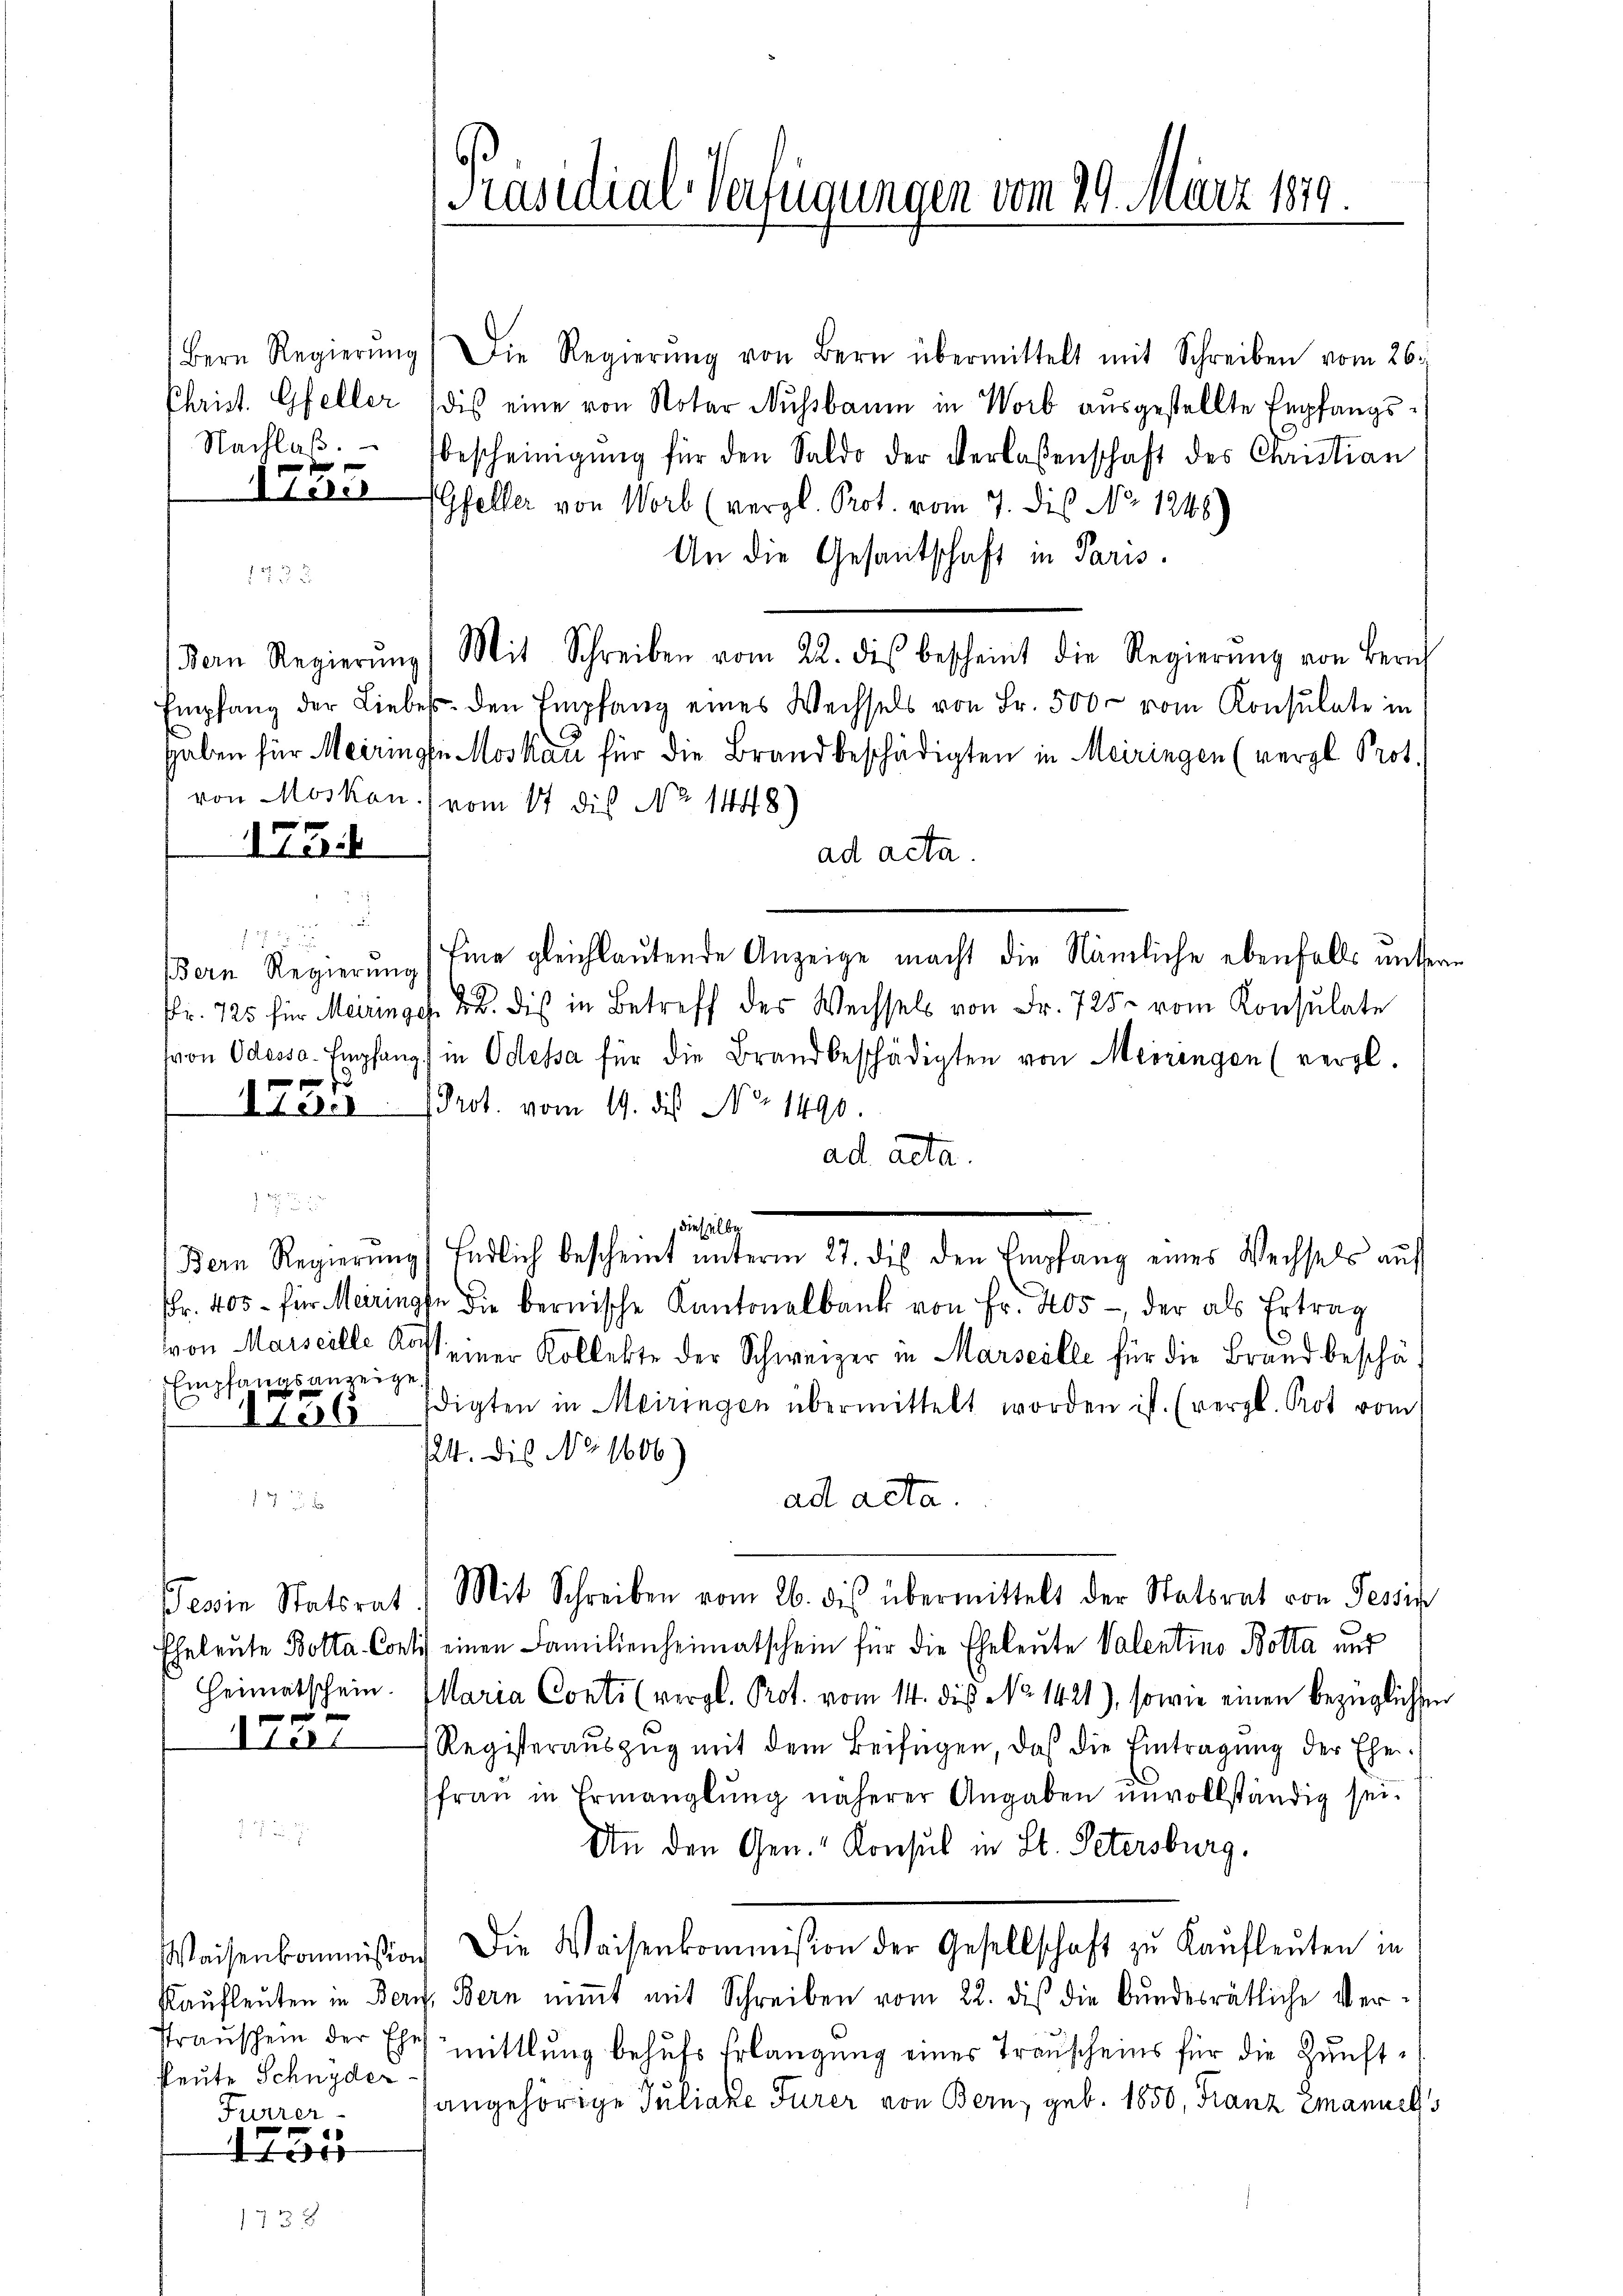
Nachlaß.
1 f 0 x

Bern Regierŭng, die Regierŭng von Bern übermittelt mit Schreiben vom 26.
Christ. Gfeller (dis eine von Notar Nussbaum in Worb aŭsgestellte Empfangsbescheinigung für den Saldo der Verlassenschaft des Christian
Iieser Gfeller von Worb (vergl. Prot. vom 7. dis No 1248)
An die Gesantschaft in Paris.
 x
Bern Regierŭng Mit Schreiben vom 22. des bescheint die Regierŭng von Zürich
Empfang der Liebes den Empfang eines Wechsels von Fr. 500 vom Konsulate in
haben für Meiringfi Moskau für die Brandbeschädigten in Meiringen (vergl. Prot.
von Moskau / vom 17 dis No 1448)
173.
ad acta.
5

172
Bern Regierŭng Eine gleichlaŭtende Anzeige macht die Nämliche ebenfalls ŭnter
Fr. 725 für Meiringen u. dis in Betreff des Weissels von Fr. 725. vom Konsulate
von Odessa. Empfang in Odessa für die Brandbeschädigten von Meiringen (vergl.

ILeser Prot. vom 19. des No. 1490.
ad acta.

dieselbe
Bern Regierŭng Endlich bescheint ŭnterm 27. des den Empfang eines Wechsels aŭf
r. 403 für Meiringte die bernische Kantonalbank von Fr. 405 der als Ertrag
von Marseille Kost einer Kollekte der Schweizer in Marseille für die Brand beschäf
Empfangsanzeige
6 Edigten in Meiringen übermittelt worden ist. (vergl. Kot vom
124. die No. 1606)
ad acta.
79 x
Bevin Statsrat. Mit Schreiben vom 26. des übermittelt der Statsrat von Tessin
Eheleute Botta Contis einen Familienheimatschein für die Eheleute Valentino Botta und
Heimatschein. Maria Conti (vergl. Prot. vom 14. die No 1421), sowie einen bezüglichen
e

Vert
Registerauszug mit dem Beifügen, daß die Eintragung der Ehefrau in Ermanglung näherer Angaben unvollständig sei.
27. 29.
An den Gen. Konsul in St. Petersburg.
Waisenkommision die Waisenkommission der Gesellschaft zŭ Kaŭfleŭten in
Kaufleuten in Beruf, Bern nimmt mit Schreiben vom 22. dis die Bundesrätliche Ver¬
Prauschem der Ehe mittlung behufs Erlangung eines Trauscheins für die Zunftheute Schnyder
angehörige Juliake Türer von Bern, geb. 1850, Franz Emanuel s
Furrer-
145

[Präsidial-Verfügungen vom 29. März 1879.

e

e